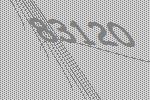
83120